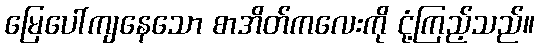
မြေပေါ်ကျနေသော စာအိတ်ကလေးကို ငုံ့ကြည့်သည်။